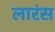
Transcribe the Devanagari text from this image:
लारंस